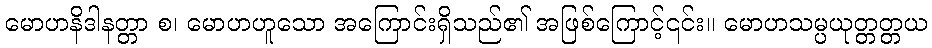
မောဟနိဒါနတ္တာ စ၊ မောဟဟူသော အကြောင်းရှိသည်၏ အဖြစ်ကြောင့်၎င်း။ မောဟသမ္ပယုတ္တတ္တယ